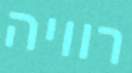
רוויה